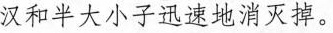
汉和半大小子迅速地消灭掉。